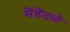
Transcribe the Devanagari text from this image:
मेंहेंदळे